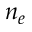
n _ { e }